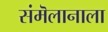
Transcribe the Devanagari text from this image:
संमॆलानाला